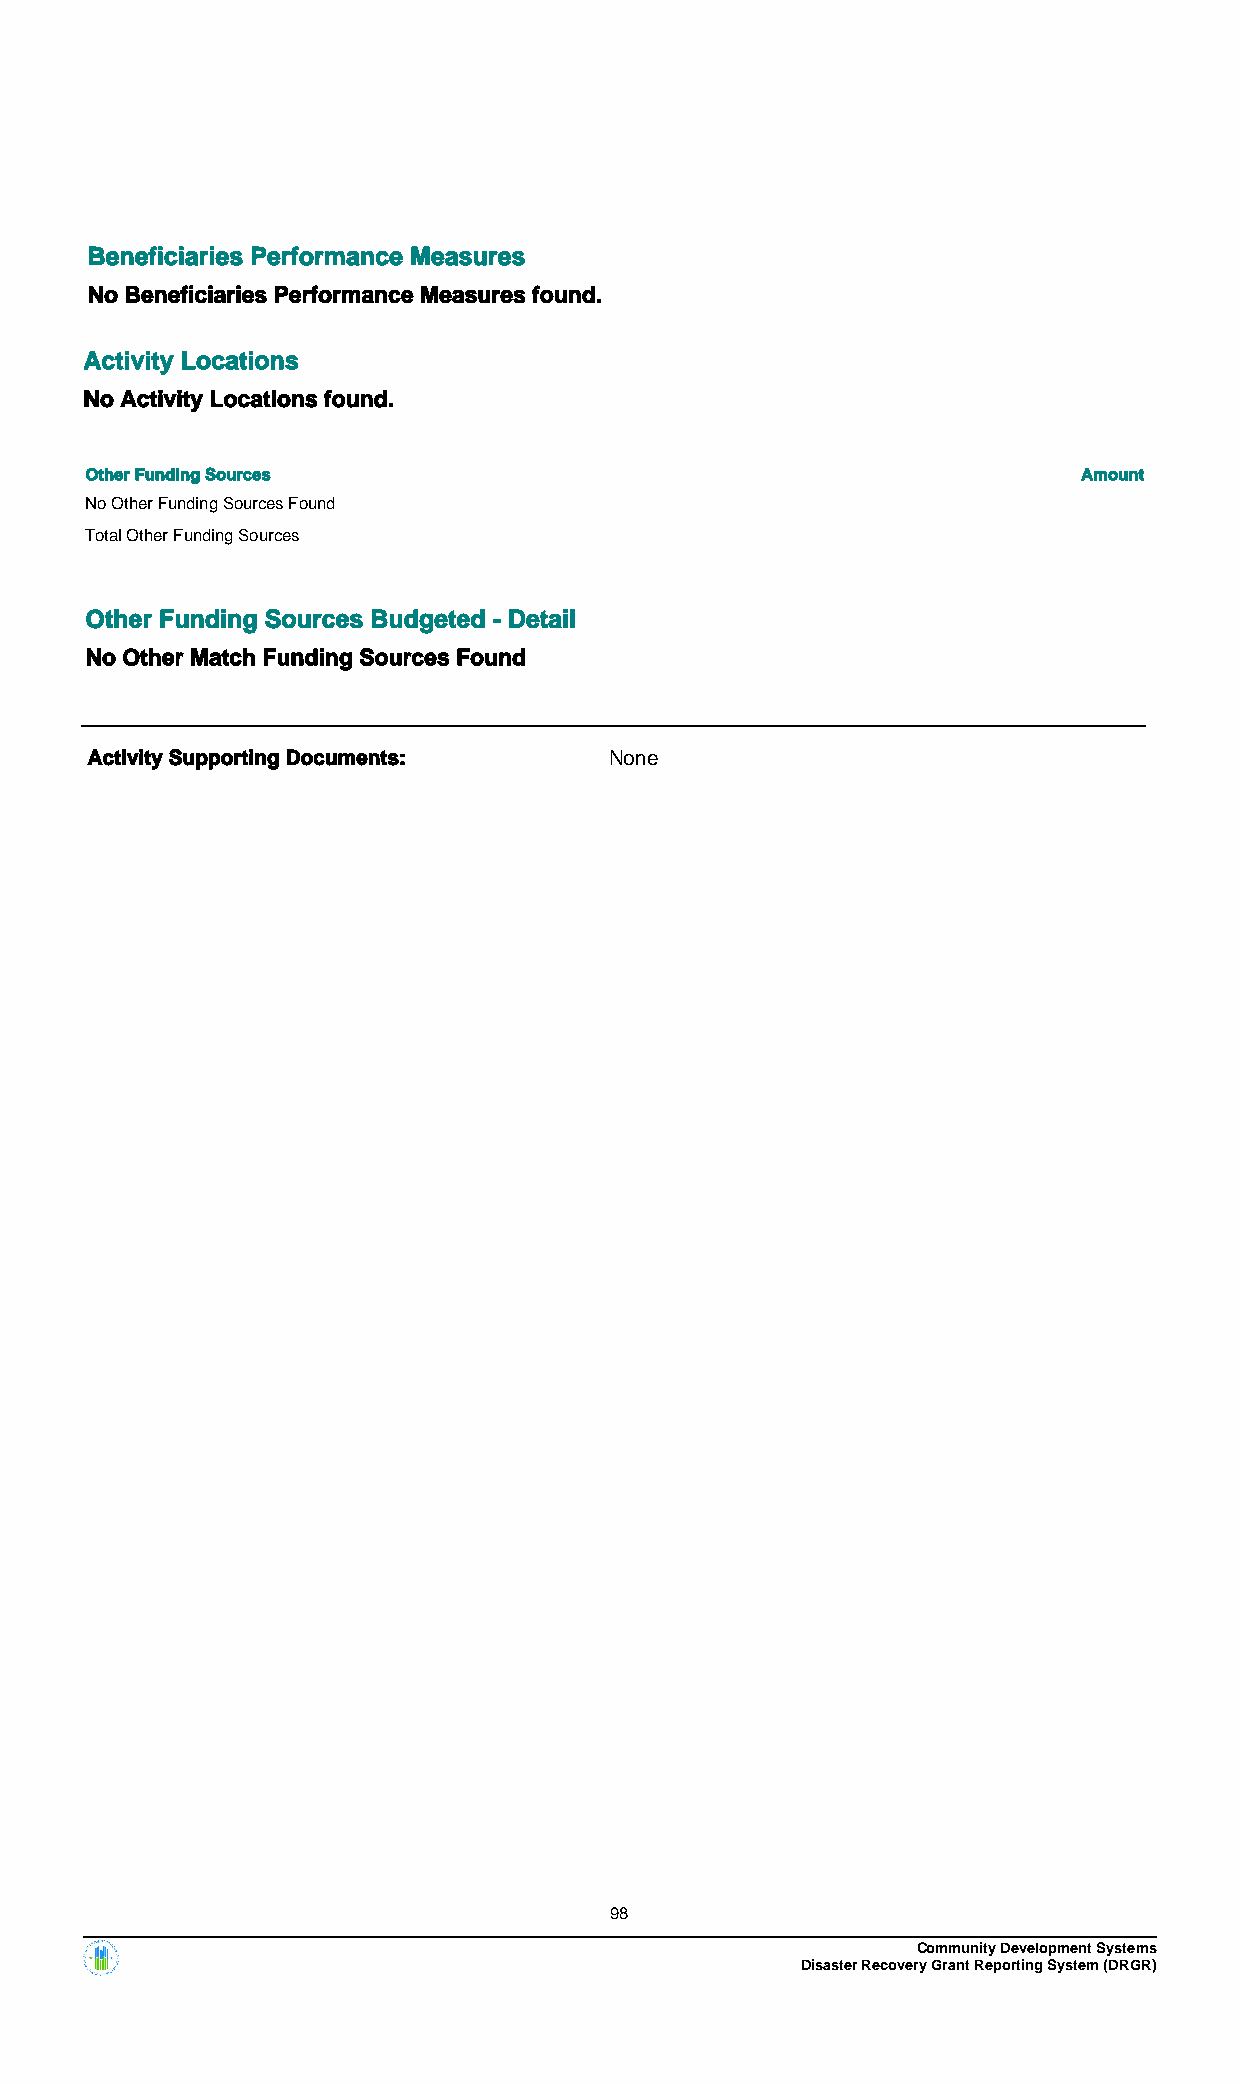
Beneficiaries Performance Measures
 No Beneficiaries Performance Measures found.
 Activity Locations
 No Activity Locations found.
 Other Funding Sources                                             Amount
 No Other Funding Sources Found
 Total Other Funding Sources
 Other Funding Sources Budgeted - Detail
 No Other Match Funding Sources Found
 Activity Supporting Documents:    None
 98
 Community Development Systems
 Disaster Recovery Grant Reporting System (DRGR)